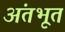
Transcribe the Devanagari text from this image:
अंतभूत